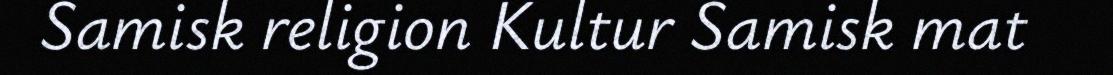
Samisk religion Kultur Samisk mat